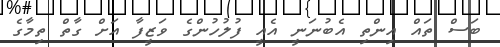
ބަސް ތައް އިންތި އެބުނަނީ އެއީ ފުލުހުންގެ ވަޒީފާ އަށް ގާތް ތިމާގެ